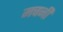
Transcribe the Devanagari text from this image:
मचनी